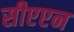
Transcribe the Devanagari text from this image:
सीएएन